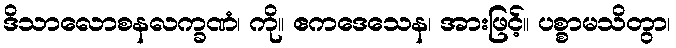
ဒိသာလောစနလက္ခဏံ၊ ကို။ ဧကဒေသေန၊ အားဖြင့်။ ပစ္စာမသိတွာ၊